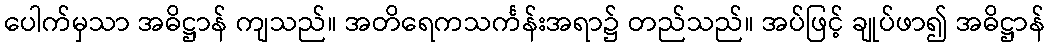
ပေါက်မှသာ အဓိဋ္ဌာန် ကျသည်။ အတိရေကသင်္ကန်းအရာ၌ တည်သည်။ အပ်ဖြင့် ချုပ်ဖာ၍ အဓိဋ္ဌာန်